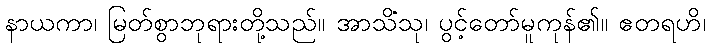
နာယကာ၊ မြတ်စွာဘုရားတို့သည်။ အာသိံသု၊ ပွင့်တော်မူကုန်၏။ ဧတရဟိ၊